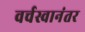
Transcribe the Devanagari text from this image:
वर्चस्वानंतर